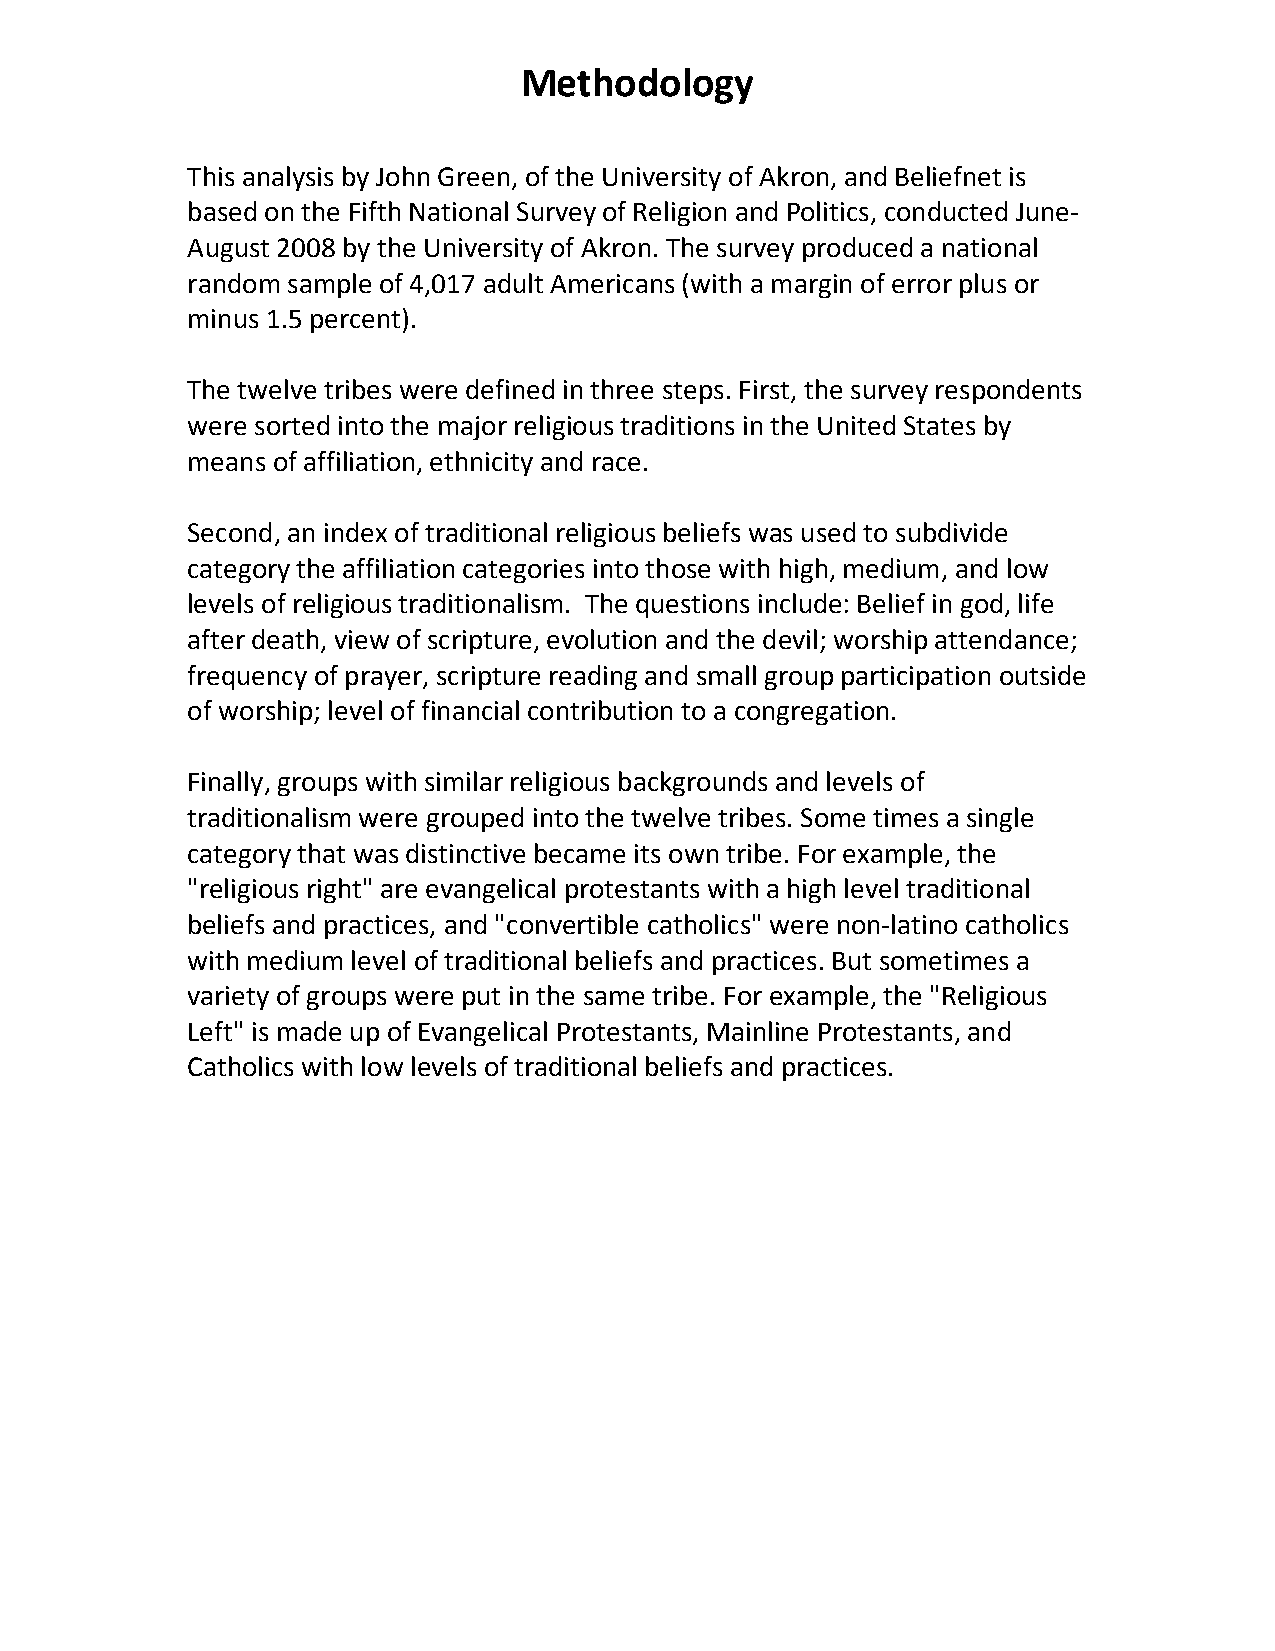
Methodology
 This analysis by John Green, of the University of Akron, and Beliefnet is
 based on the Fifth National Survey of Religion and Politics, conducted June-
 August 2008 by the University of Akron. The survey produced a national
 random sample of 4,017 adult Americans (with a margin of error plus or
 minus 1.5 percent).
 The twelve tribes were defined in three steps. First, the survey respondents
 were sorted into the major religious traditions in the United States by
 means of affiliation, ethnicity and race.
 Second, an index of traditional religious beliefs was used to subdivide
 category the affiliation categories into those with high, medium, and low
 levels of religious traditionalism. The questions include: Belief in god, life
 after death, view of scripture, evolution and the devil; worship attendance;
 frequency of prayer, scripture reading and small group participation outside
 of worship; level of financial contribution to a congregation.
 Finally, groups with similar religious backgrounds and levels of
 traditionalism were grouped into the twelve tribes. Some times a single
 category that was distinctive became its own tribe. For example, the
 "religious right" are evangelical protestants with a high level traditional
 beliefs and practices, and "convertible catholics" were non-latino catholics
 with medium level of traditional beliefs and practices. But sometimes a
 variety of groups were put in the same tribe. For example, the "Religious
 Left" is made up of Evangelical Protestants, Mainline Protestants, and
 Catholics with low levels of traditional beliefs and practices.